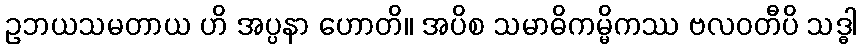
ဥဘယသမတာယ ဟိ အပ္ပနာ ဟောတိ။ အပိစ သမာဓိကမ္မိကဿ ဗလဝတီပိ သဒ္ဓါ